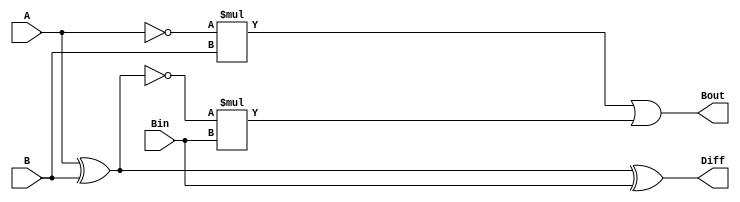
`timescale 1ns / 1ps
module sub1_Bit(A, B, Bin, Diff, Bout);
    input A, B, Bin;
    output Diff, Bout;
    
    assign Diff = (A^B) ^ Bin;       // Actual difference
    assign Bout = ~A*B | ~(A^B)*Bin; // Borrow out bit
endmodule

module sub4_Bit(A, B, Bin, Diff, Bout);
    input [3:0] A, B;
    input Bin;
    output [3:0] Diff;
    output Bout;
    
    wire [3:0] borrows;
    assign Bout = borrows[3]; // Bout is the last borrow
    
    sub1_Bit s0(A[0], B[0], Bin, Diff[0], borrows[0]);
    sub1_Bit s1(A[1], B[1], borrows[0], Diff[1], borrows[1]);
    sub1_Bit s2(A[2], B[2], borrows[1], Diff[2], borrows[2]);
    sub1_Bit s3(A[3], B[3], borrows[2], Diff[3], borrows[3]);
endmodule

// Behavioral level 4 bit adder
module add4_Bit(A, B, Cin, Sum, Cout);
    input [3:0] A, B;
    input Cin;
    output [3:0] Sum;
    output Cout;
    
    reg [4:0] internal_sum; // 5 bit internal sum including carry out
    // Assign outputs to corresponding bits of internal_sum
    assign Cout = internal_sum[4];
    assign Sum = internal_sum[3:0];
    
    always @(A, B, Cin) begin
        internal_sum = A + B + Cin;
    end
endmodule

// Gate level OR
module or4_Bit(A, B, OR);
    input [3:0] A, B;
    output [3:0] OR;
    
    or o0(OR[0], A[0], B[0]);
    or o1(OR[1], A[1], B[1]);
    or o2(OR[2], A[2], B[2]);
    or o3(OR[3], A[3], B[3]);
endmodule

// Data flow level AND
module and4_Bit(A, B, AND);
    input [3:0] A, B;
    output [3:0] AND;
    
    assign AND = A & B;
endmodule

// Shift left
module shl4_Bit(A, OUT);
    input [3:0] A;
    output [3:0] OUT;
    
    assign OUT[3:1] = A[2:0];
    assign OUT[0] = 0;
endmodule

// Shift right
module shr4_Bit(A, OUT);
    input [3:0] A;
    output [3:0] OUT;
    
    assign OUT[2:0] = A[3:1];
    assign OUT[3] = 0;
endmodule

// Rotate left
module rol4_Bit(A, OUT);
    input [3:0] A;
    output [3:0] OUT;
    
    assign OUT[3:1] = A[2:0];
    assign OUT[0] = A[3];
endmodule

// Rotate right
module ror4_Bit(A, OUT);
    input [3:0] A;
    output [3:0] OUT;
    
    assign OUT[2:0] = A[3:1];
    assign OUT[3] = A[0];
endmodule

// 4 bit ALU
module alu4_Bit(A, B, Cin, ctrl, out, Cout);
    input [3:0] A, B;
    input [2:0] ctrl;
    input Cin;
    output [3:0] out;
    output Cout;
    
    reg [3:0] aluOut; // Variable output for alu unit
    assign out = aluOut;
    reg aluCout; // Variable output for Cout
    assign Cout = aluCout;
    
    // Outputs for each module
    wire [3:0] ADD, SUB, OR, AND, SHL, SHR, ROL, ROR;
    // Outputs for sub and add
    wire ADDCout, SUBBout;
    // Various modules
    add4_Bit ADD0(A, B, Cin, ADD, ADDCout);
    sub4_Bit SUB0(A, B, Cin, SUB, SUBBout);
    or4_Bit  OR0(A, B, OR);
    and4_Bit AND0(A, B, AND);
    shl4_Bit SHL0(A, SHL);
    shr4_Bit SHR0(A, SHR);
    rol4_Bit ROL0(A, ROL);
    ror4_Bit ROR0(A, ROR);
    
    always @(A, B, Cin, ctrl) begin
        // Take ctrl line and set output to correct function
        case(ctrl)
            3'b000: begin
                #1 aluOut = ADD;
                aluCout = ADDCout;
                end
            3'b001: begin
                #1 aluOut = SUB;
                aluCout = SUBBout;
                end
            3'b010: #1 aluOut = OR;
            3'b011: #1 aluOut = AND;
            3'b100: #1 aluOut = SHL;
            3'b101: #1 aluOut = SHR;
            3'b110: #1 aluOut = ROL;
            3'b111: #1 aluOut = ROR;
            default: #1 aluOut = 0;
        endcase
    end
endmodule